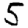
Digit: 5